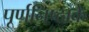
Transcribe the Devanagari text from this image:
पूर्णनिष्ठाके